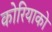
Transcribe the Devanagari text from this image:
कोरियाको